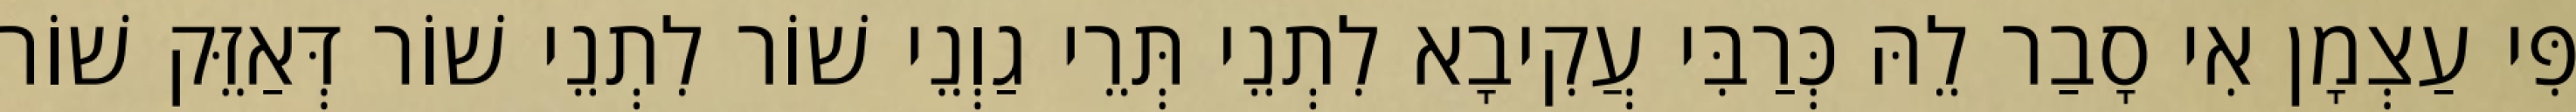
פִּי עַצְמָן אִי סָבַר לֵהּ כְּרַבִּי עֲקִיבָא לִתְנֵי תְּרֵי גַוְנֵי שׁוֹר לִתְנֵי שׁוֹר דְּאַזֵּק שׁוֹר